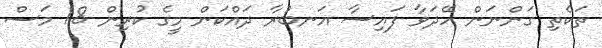
ތަކެތި ގަންނަން ހޭދަވާ ފައިސާ އަނބުރާ ދައްކަން މީގެ ކުރިން 18 މަސް